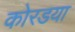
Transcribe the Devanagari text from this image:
कोरडया